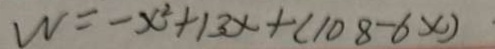
W = - x ^ { 2 } + 1 3 x + ( 1 0 8 - 6 x )